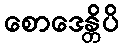
စောဒေန္တိပိ